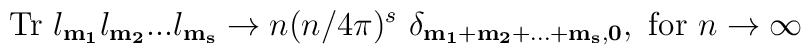
{\rm Tr}~l_{\bf m_1}l_{\bf m_2}...l_{\bf m_s}\rightarrow n(n/4\pi)^s~\delta_{\bf m_1+m_2+...+m_s,0},~{\rm for}~n\rightarrow\infty